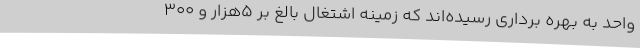
واحد به بهره برداری رسیده‌اند که زمینه اشتغال بالغ بر 5هزار و 300